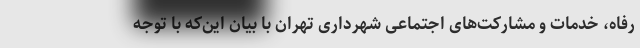
رفاه، خدمات و مشارکت‌های اجتماعی شهرداری تهران با بیان این‌که با توجه